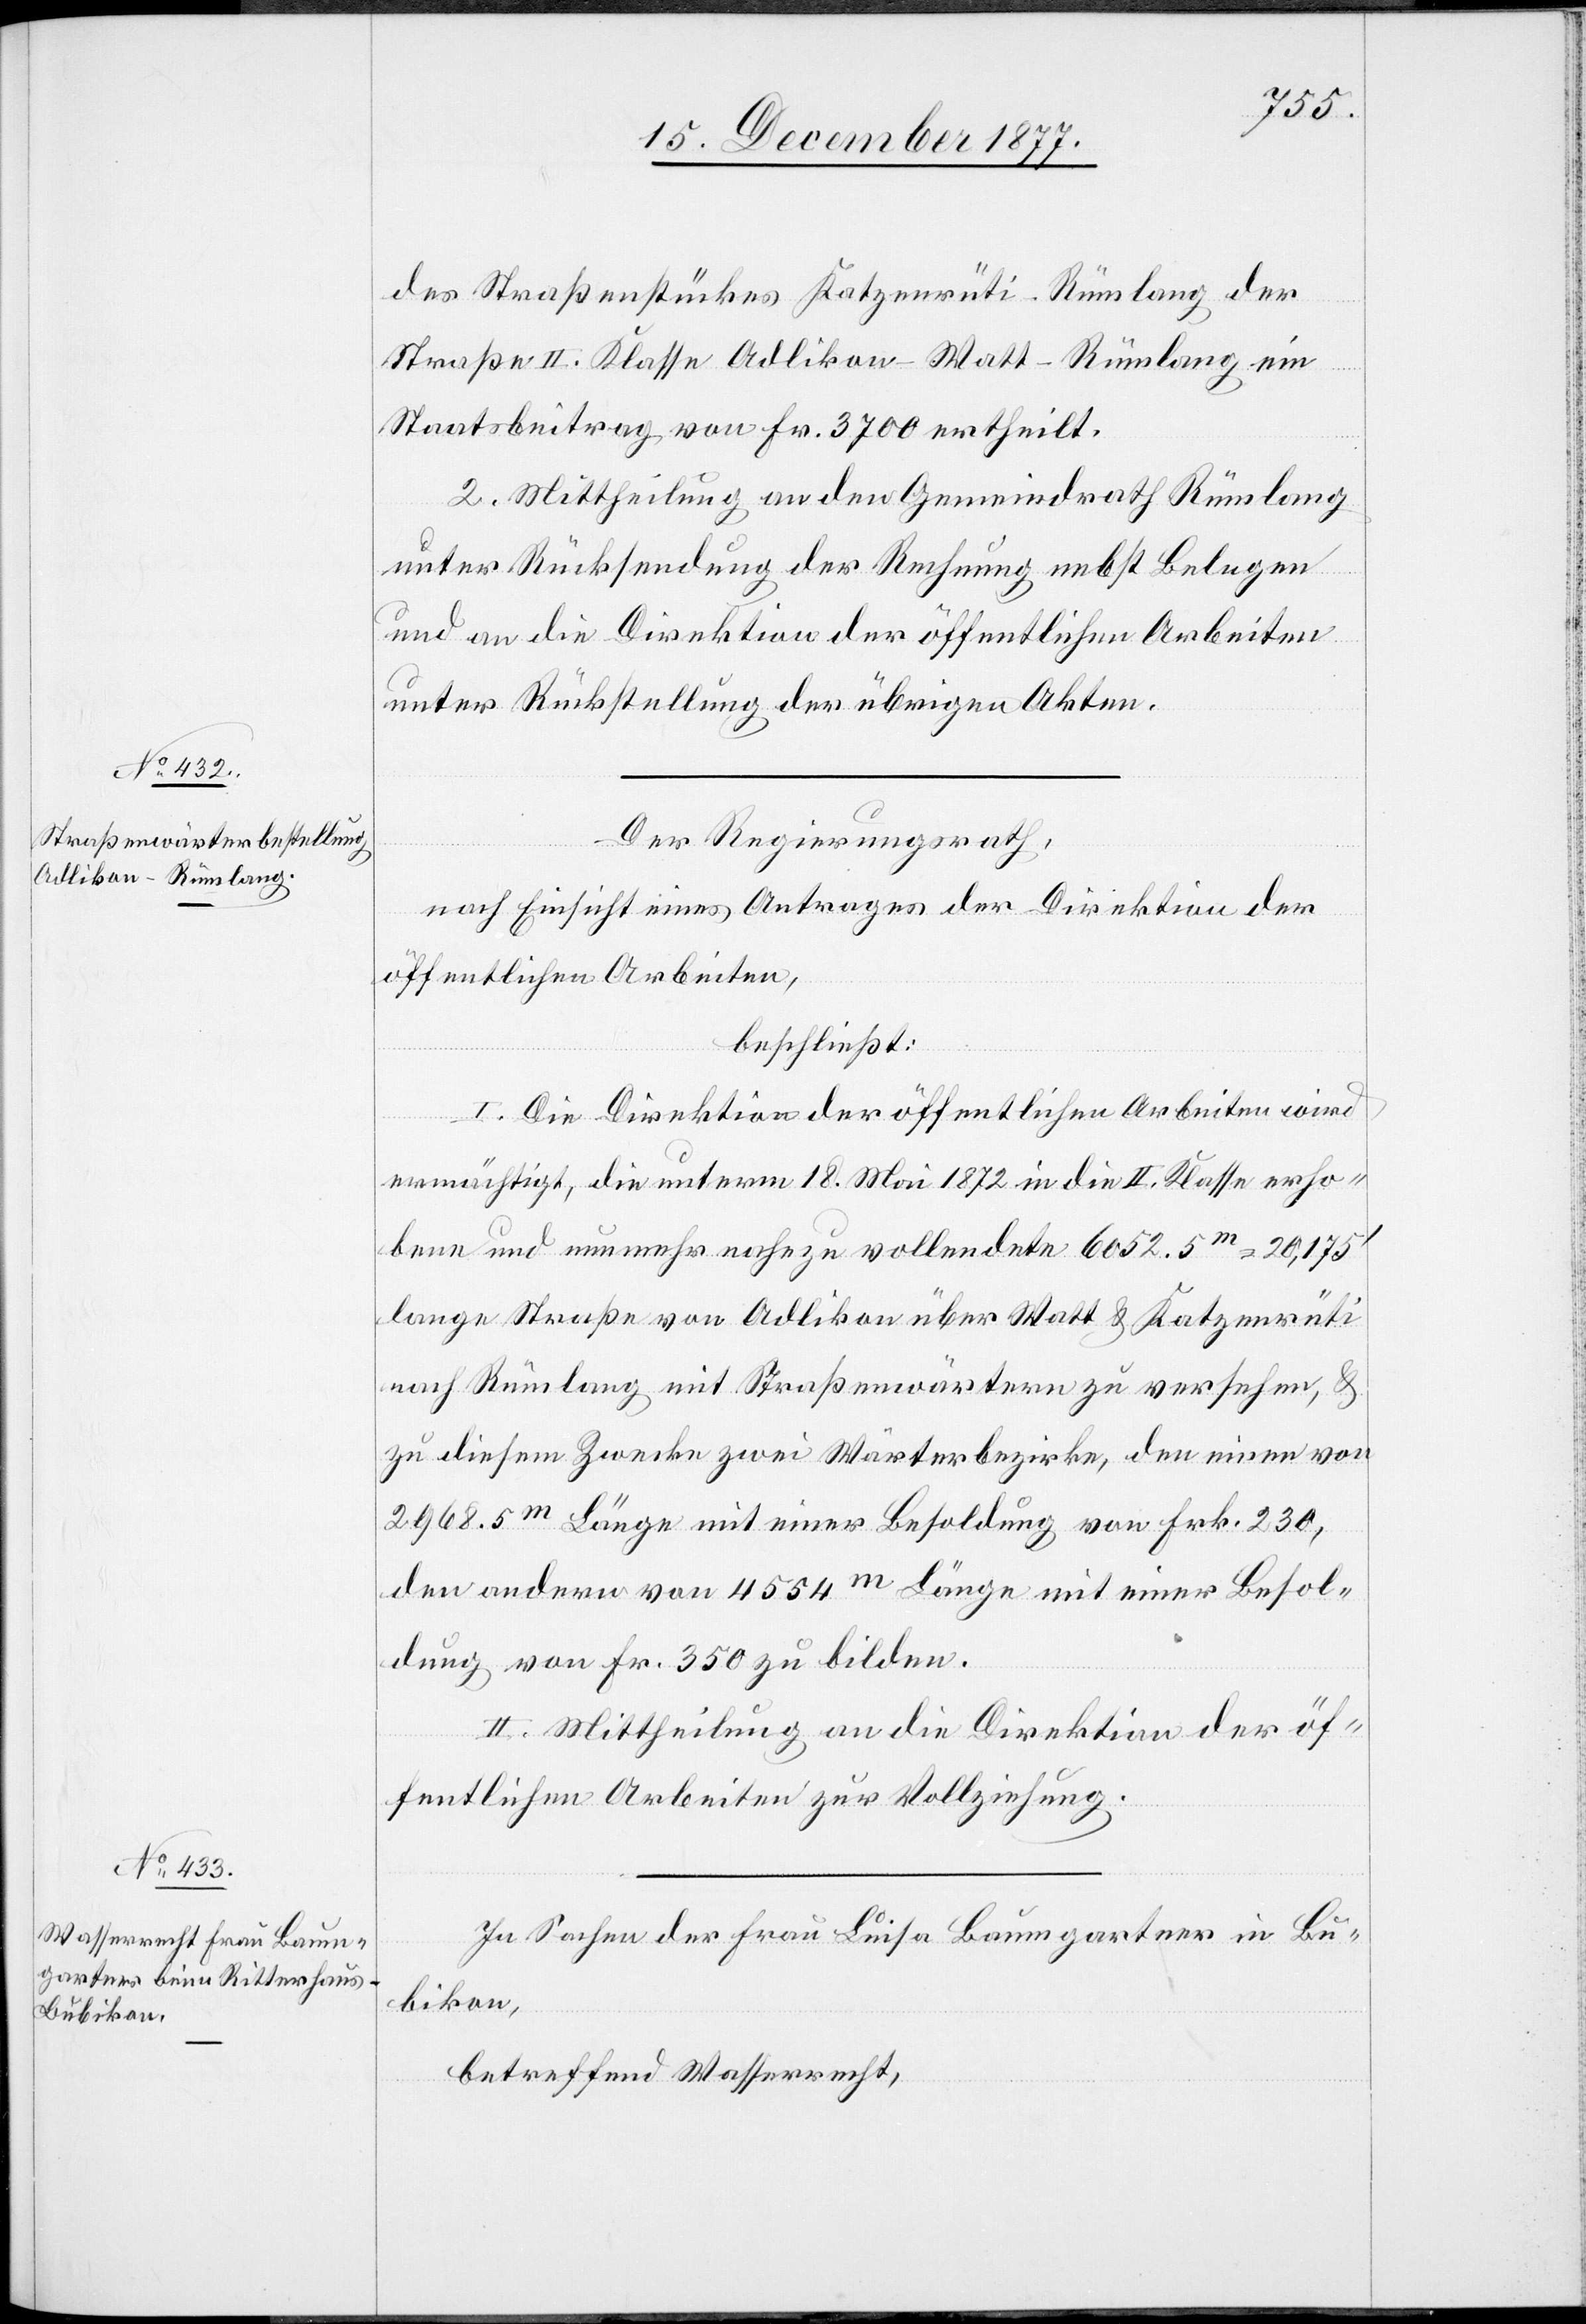
des Straßenstückes Katzenrüti–Rümlang der
Straße II. Klasse Adlikon–Watt–Rümlang ein
Staatsbeitrag von Fr. 3700 ertheilt.
2. Mittheilung an den Gemeindrath Rümlang
unter Rücksendung der Rechnung nebst Belegen
und an die Direktion der öffentlichen Arbeiten
unter Rückstellung der übrigen Akten.
Der Regierungsrath,
nach Einsicht eines Antrages der Direktion der
öffentlichen Arbeiten,
beschließt:
I. Die Direktion der öffentlichen Arbeiten wird
ermächtigt, die unterm 18. Mai 1872 in die II. Klasse erho¬
bene und nunmehr nahezu vollendete 6052.5m = 20,175‘
lange Straße von Adlikon über Watt & Katzenrüti
nach Rümlang mit Straßenwärtern zu versehen, &
zu diesem Zwecke zwei Wärterbezirke, den einen von
2968.5m Länge mit einer Besoldung von Frk. 230,
den andern von 4554m Länge mit einer Besol¬
dung von Fr. 350 zu bilden.
II. Mittheilung an die Direktion der öf¬
fentlichen Arbeiten zur Vollziehung.
In Sachen der Frau Luisa Baumgartner in Bu¬
bikon,
betreffend Wasserrecht,